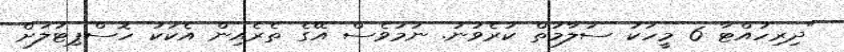
"ދިރިހުއްޓާ 6 މީހަކު ސަލާމަތް ކުރެވުނު. ނަމަވެސް އޭގެ ތެރެއިން އެކަކު ހޮސްޕިޓަލަށް